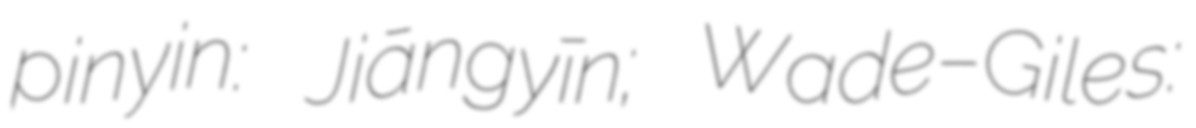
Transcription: pinyin: Jiāngyīn; Wade–Giles: